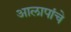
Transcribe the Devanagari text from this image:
आलापांचे